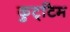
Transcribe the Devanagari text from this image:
कुट्‌टिम